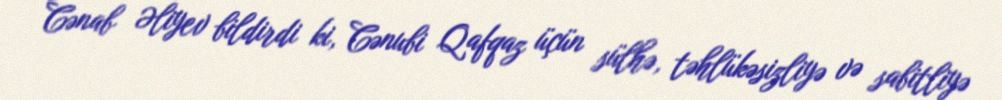
Cənab Əliyev bildirdi ki, Cənubi Qafqaz üçün sülhə, təhlükəsizliyə və sabitliyə